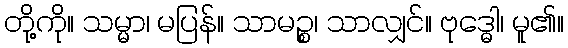
တို့ကို။ သမ္မာ၊ မပြန်။ သာမဉ္စ၊ သာလျှင်။ ဗုဒ္ဓေါ၊ မူ၏။